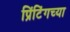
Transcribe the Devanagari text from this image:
प्रिंटिंगच्या